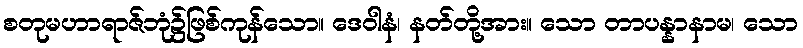
စတုမဟာရာဇ်ဘုံ၌ဖြစ်ကုန်သော။ ဒေဝါနံ၊ နတ်တို့အား။ သော တာပန္နာနာမ၊ သော